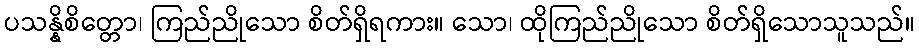
ပသန္နိစိတ္တော၊ ကြည်ညိုသော စိတ်ရှိရကား။ သော၊ ထိုကြည်ညိုသော စိတ်ရှိသောသူသည်။